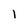
Character: 1